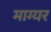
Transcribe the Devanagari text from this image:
माग्यर